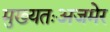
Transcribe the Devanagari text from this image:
मुख्यतःअजमेर